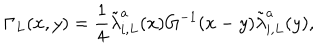
\Gamma _ { L } ( x , y ) = \frac { 1 } { 4 } \tilde { \lambda } _ { i , L } ^ { a } ( x ) G ^ { - 1 } ( x - y ) \tilde { \lambda } _ { i , L } ^ { a } ( y ) ,